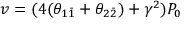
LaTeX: v = ( 4 ( \theta _ { 1 \bar { 1 } } + \theta _ { 2 \bar { 2 } } ) + \gamma ^ { 2 } ) P _ { 0 }